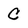
Character: c